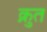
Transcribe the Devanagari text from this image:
क्नुत